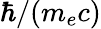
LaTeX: \hbar/(m_{e}c)